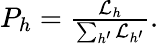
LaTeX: \begin{array}{r}{P_{h}=\frac{\mathcal{L}_{h}}{\sum_{h^{\prime}}\mathcal{L}_{h^{\prime}}}.}\end{array}